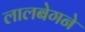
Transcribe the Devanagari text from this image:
लालबेगने